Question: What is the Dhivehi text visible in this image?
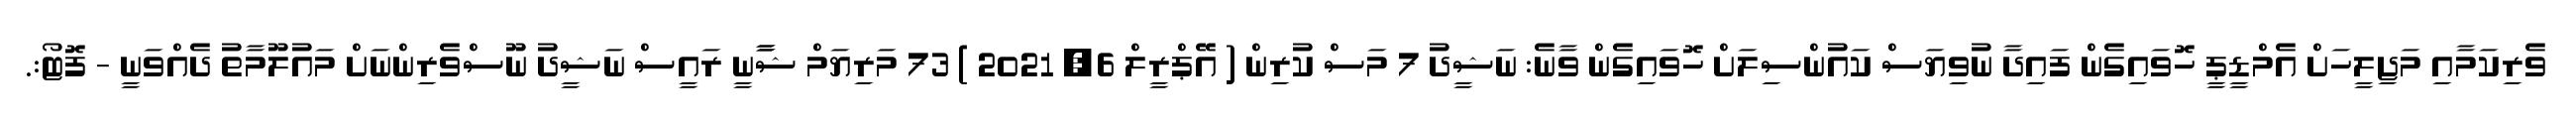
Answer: ވެރިކަމާއި މަޖިލީހަށް އެމްޑީޕީ ހޮވައިގެން ފައިދާ ނުވިޔަސް ކައުންސިލަށް ހޮވައިގެން ވާނެ: ނަޝީދު 7 މަސް ކުރިން ( އޭޕްރީލް 6, 2021 ) 73 މަރިޔަމް ޝާާނީ ރައީސް ނަޝީދު ނޫސްވެރިންނަށް މައުލޫމާތު ދެއްވަނީ - ފޮޓޯ:.